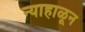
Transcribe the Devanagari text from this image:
न्याहाळून